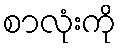
စာလုံးကို